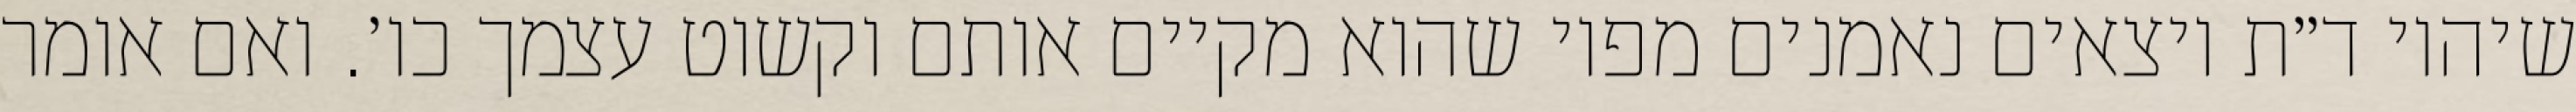
שיהיו ד״ת יוצאים נאמנים מפיו שהוא מקיים אותם וקשוט עצמך כו׳. ואם אומר